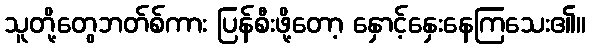
သူတို့တွေဘတ်စ်ကား ပြန်စီးဖို့တော့ နှောင့်နှေးနေကြသေး၏။